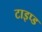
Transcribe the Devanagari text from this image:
टाइप्ड